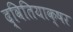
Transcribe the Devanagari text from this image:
द्वितियाक्षर